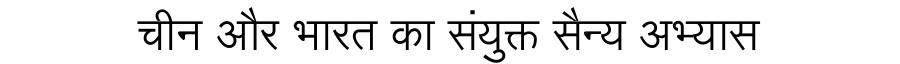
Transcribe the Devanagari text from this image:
चीन और भारत का संयुक्त सैन्य अभ्यास